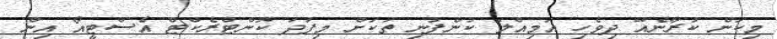
މިކަން ކުރާނެއޭ ދިވެހި އަމިއްލަ ކުންފުނި ތަކަށް މިފަދަ ކޮންޓްރެކްޓް އެސްޓީއޯ އިން